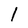
Character: 1